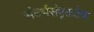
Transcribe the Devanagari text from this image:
संदर्भसंपृक्ततेचा